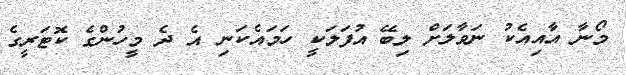
މޯނާ އާއިއެކު ނަވާލަށް ލިބޭ އުފަލަކީ ހަމައެކަނި އެ ދެ މީހުންގެ ކޮޓަރީގެ